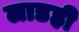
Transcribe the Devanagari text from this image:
लाडही